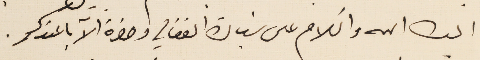
ايده الله والسَلام على سَيادة الفغالي وحضرة الاّبا عندكم.